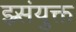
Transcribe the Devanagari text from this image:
झ्र्संयुक्त